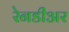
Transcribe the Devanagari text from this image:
रेनडीअर